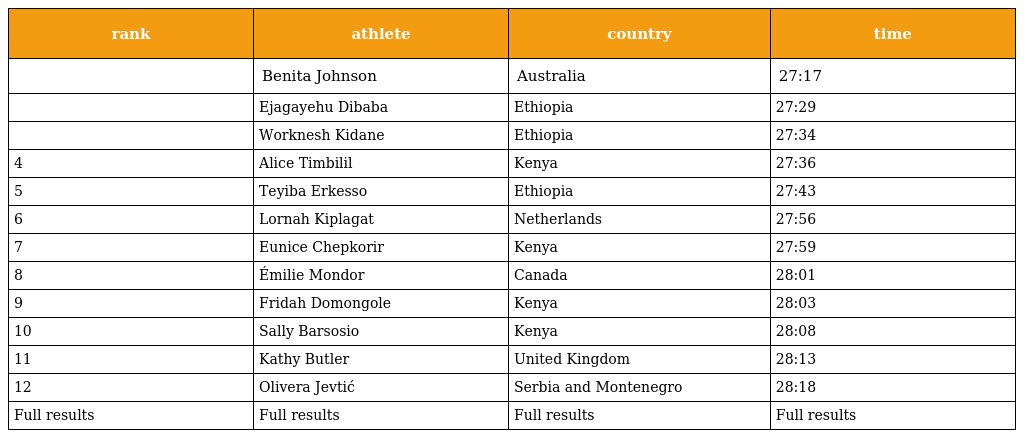
| rank | athlete | country | time |
 | --- | --- | --- | --- |
 |  | Benita Johnson | Australia | 27:17 |
 |  | Ejagayehu Dibaba | Ethiopia | 27:29 |
 |  | Worknesh Kidane | Ethiopia | 27:34 |
 | 4 | Alice Timbilil | Kenya | 27:36 |
 | 5 | Teyiba Erkesso | Ethiopia | 27:43 |
 | 6 | Lornah Kiplagat | Netherlands | 27:56 |
 | 7 | Eunice Chepkorir | Kenya | 27:59 |
 | 8 | Émilie Mondor | Canada | 28:01 |
 | 9 | Fridah Domongole | Kenya | 28:03 |
 | 10 | Sally Barsosio | Kenya | 28:08 |
 | 11 | Kathy Butler | United Kingdom | 28:13 |
 | 12 | Olivera Jevtić | Serbia and Montenegro | 28:18 |
 | Full results | Full results | Full results | Full results |